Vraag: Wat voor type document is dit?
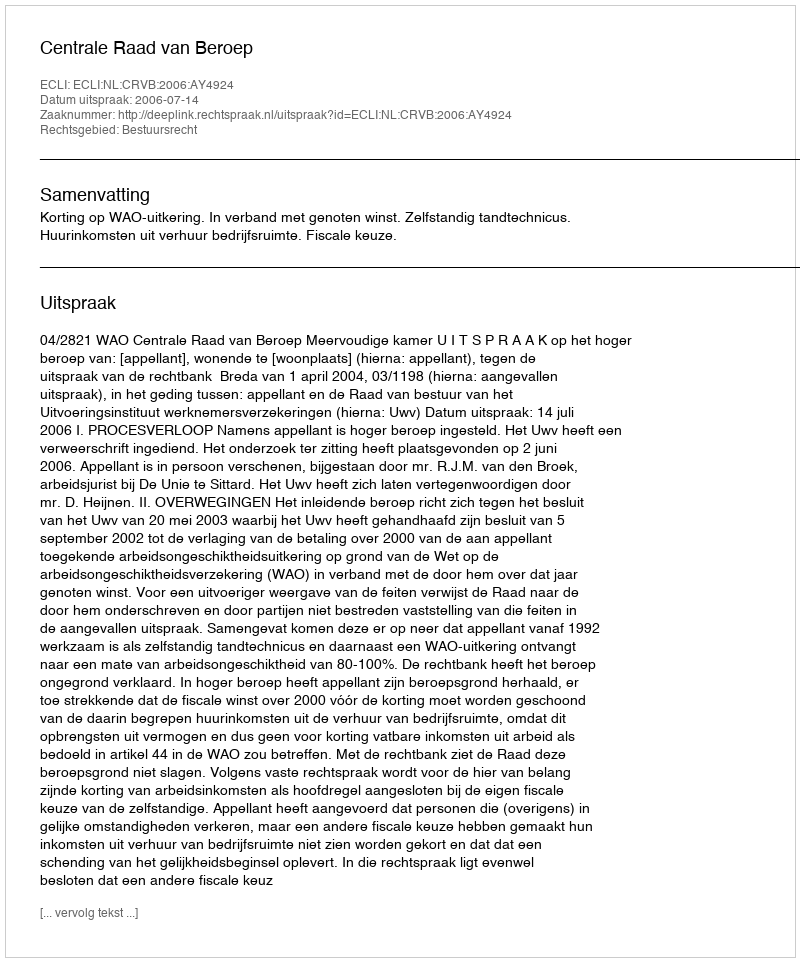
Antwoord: Uitspraak